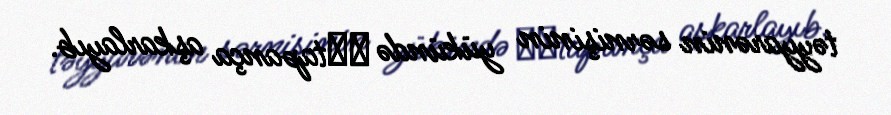
təyyarənin sərnişinin yükündə ​​tapança aşkarlayıb.